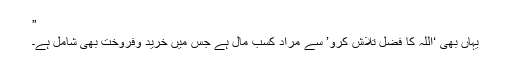
”
یہاں بھی ‘اللہ کا فضل تلاش کرو’ سے مراد کسب ِمال ہے جس میں خرید وفروخت بھی شامل ہے۔